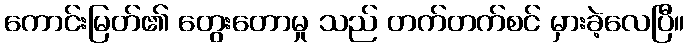
ကောင်းမြတ်၏ တွေးတောမှု သည် တက်တက်စင် မှားခဲ့လေပြီ။